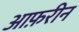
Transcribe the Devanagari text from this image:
आफ़रीन